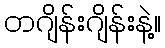
တဂျိန်းဂျိန်းနဲ့။